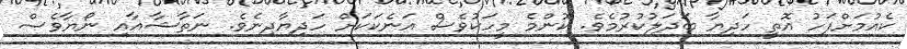
ކެއުމަށްފަހު އޮތީ ހަދިޔާ ބަދަލުކުރުމެވެ. ކޮންމެ މީހަކުވެސް އަނެކަކަށް ހަދިޔާދިނެވެ. ނަތާޝާއާއި ނޯޔާވެސް